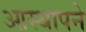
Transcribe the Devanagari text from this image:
आस्थापने